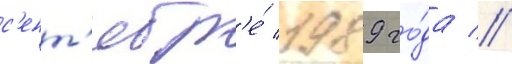
с'ент'ябр'е́ 1989 го́да //